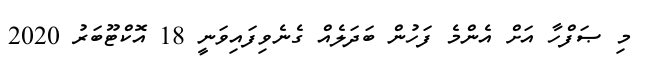
މި ޞަފްހާ އަށް އެންމެ ފަހުން ބަދަލެއް ގެނެވިފައިވަނީ 18 އޮކްޓޫބަރު 2020